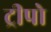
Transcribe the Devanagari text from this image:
ट्रीपो